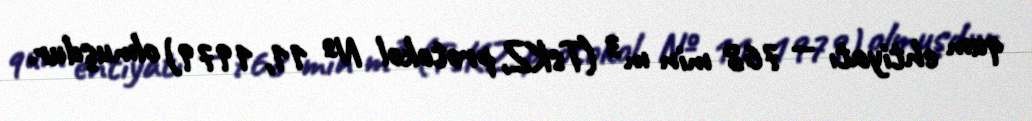
qum ehtiyatı — 768 min m³ (TsKZ, protokol № 11, 1979) olmuşdur.